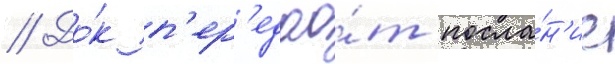
// До́к п'ер'едао́т посла́н'ие